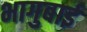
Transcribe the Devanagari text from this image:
भागुबाई